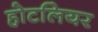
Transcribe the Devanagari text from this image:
होटलियर